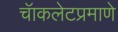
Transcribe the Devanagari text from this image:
चॅाकलेटप्रमाणे